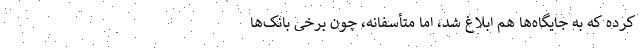
کرده که به جایگاه‌ها هم ابلاغ شد، اما متأسفانه، چون برخی بانک‌ها